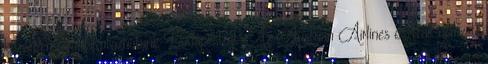
közvetlen járattal utazhatunk Budapestről. Az Austrian Airlines osztrák nemzeti